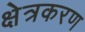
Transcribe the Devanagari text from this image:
क्षेत्रकरण